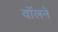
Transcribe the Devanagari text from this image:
वॉलने